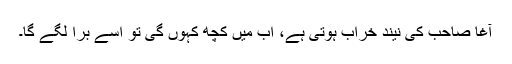
آغا صاحب کی نیند خراب ہوتی ہے، اب میں کچھ کہوں گی تو اسے برا لگے گا۔